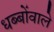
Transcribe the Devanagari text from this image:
धब्बोंवाले